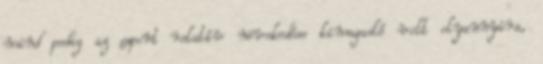
mind pedig az export relatív növekedése kimagasló volt olyannyira,